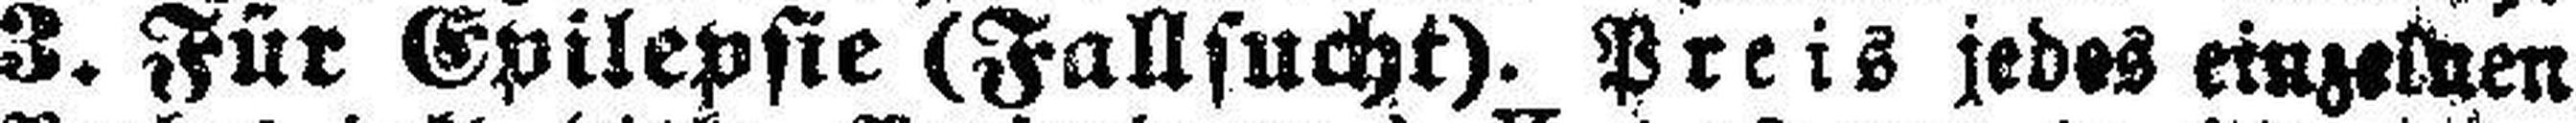
3. Für Epilepsie (Fallsucht). Preis jedes einzelnen